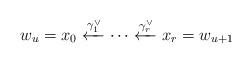
LaTeX: \begin{align*}w_u = x_0 \xleftarrow{\gamma_1^\lor} \cdots \xleftarrow{\gamma_r^\lor} x_r = w_{u+1}\end{align*}